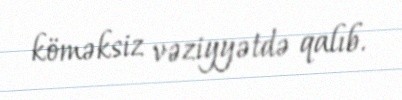
köməksiz vəziyyətdə qalıb.